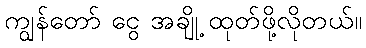
ကျွန်တော် ငွေ အချို့ ထုတ်ဖို့လိုတယ်။